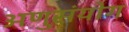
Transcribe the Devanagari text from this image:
अणुसंयोग